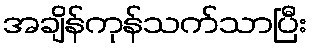
အချိန်ကုန်သက်သာပြီး